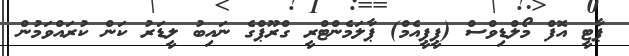
ޕާޓީ އޮފް މޯލްޑިވްސް (ޕީޕީއެމް) ޕާލަމެންޓްރީ ގްރޫޕްގެ ނައިބު ލީޑަރު ކަން ކުރައްވަމުން